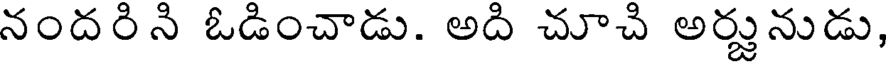
నందరిన ఓడించాడు. అది చూచి అర్జునుడు,